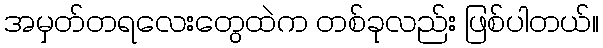
အမှတ်တရလေးတွေထဲက တစ်ခုလည်း ဖြစ်ပါတယ်။